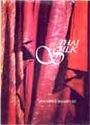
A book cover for Thai Silk; Jennifer Sharples; Crafts, Hobbies & Home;